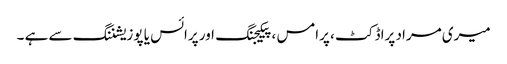
میری مراد پراڈکٹ ، پرامس ، پیکیجنگ اور پرائس یا پوزیشننگ سے ہے ۔